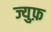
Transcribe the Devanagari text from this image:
ज्युफ़